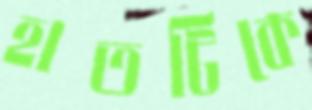
হাতটিকে